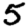
Digit: 5